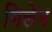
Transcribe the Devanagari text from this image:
गिलेम